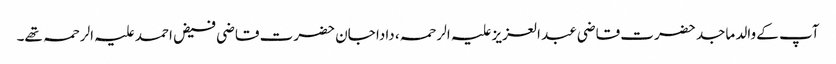
آپ کے والد ماجد حضرت قاضی عبد العزیز علیہ الرحمہ، دادا جان حضرت قاضی فیض احمد علیہ الرحمہ تھے۔